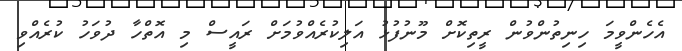
އެހެންވީމަ ހިނިތުންވުން ރީތިކޮށް މޫނުފުޅު އަލިކުރެއްވުމަށް ރައީސް މި އޮތްހާ ދުވަހު ކުރެއްވި